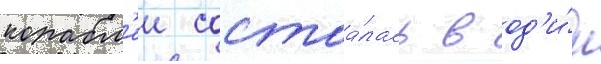
корабл'еи состоа́лась в од'и́н